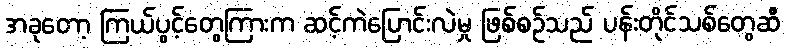
အခုတော့ ကြယ်ပွင့်တွေကြားက ဆင့်ကဲပြောင်းလဲမှု ဖြစ်စဉ်သည် ပန်းတိုင်သစ်တွေဆီ